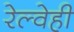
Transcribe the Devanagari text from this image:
रेल्वेही